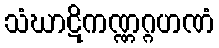
သံဃာဋိကဏ္ဏဂ္ဂဟဏံ